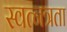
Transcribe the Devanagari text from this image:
स्वत्नत्रता